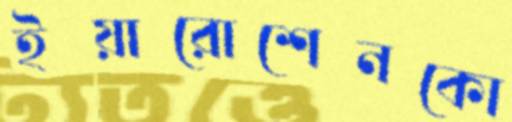
ইয়ারোশেনকো